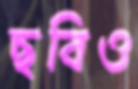
ছবিও